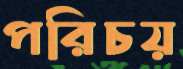
পরিচয়